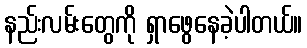
နည်းလမ်းတွေကို ရှာဖွေနေခဲ့ပါတယ်။